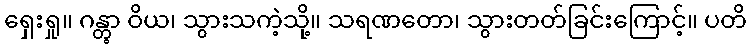
ရှေးရှု။ ဂန္တွာ ဝိယ၊ သွားသကဲ့သို့။ သရဏတော၊ သွားတတ်ခြင်းကြောင့်။ ပတိ